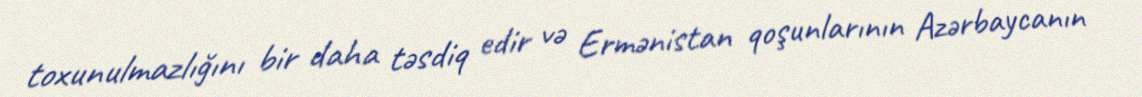
toxunulmazlığını bir daha təsdiq edir və Ermənistan qoşunlarının Azərbaycanın